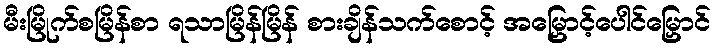
မီးမြိုက်စမြိန်စာ ရသာမြိန်မြိန် စားချိန်သက်စောင့် အမြှောင့်ပေါင်မြှောင်